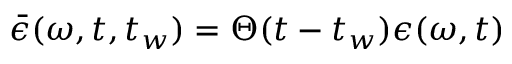
\bar { \epsilon } ( \omega , t , t _ { w } ) = \Theta ( t - t _ { w } ) \epsilon ( \omega , t )